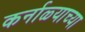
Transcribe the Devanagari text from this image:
कर्नाळ्याच्या